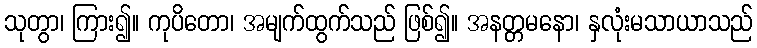
သုတွာ၊ ကြား၍။ ကုပိတော၊ အမျက်ထွက်သည် ဖြစ်၍။ အနတ္တမနော၊ နှလုံးမသာယာသည်